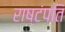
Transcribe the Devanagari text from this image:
राष्टंपति